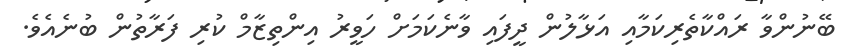
ބޭނުންވާ ރައްކާތެރިކަމާއި އަޅާލުން ދީފައި ވާނެކަމަށް ހަވީރު އިންތިޒާމް ކުރި ފަރާތުން ބުނެއެވެ.